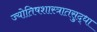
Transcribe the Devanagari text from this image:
ज्योतिषशास्त्रातसुद्धा